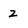
Character: 2